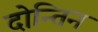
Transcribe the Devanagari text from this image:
दोन्तिन